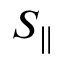
S _ { \parallel }